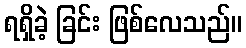
ရရှိခဲ့ ခြင်း ဖြစ်လေသည်။